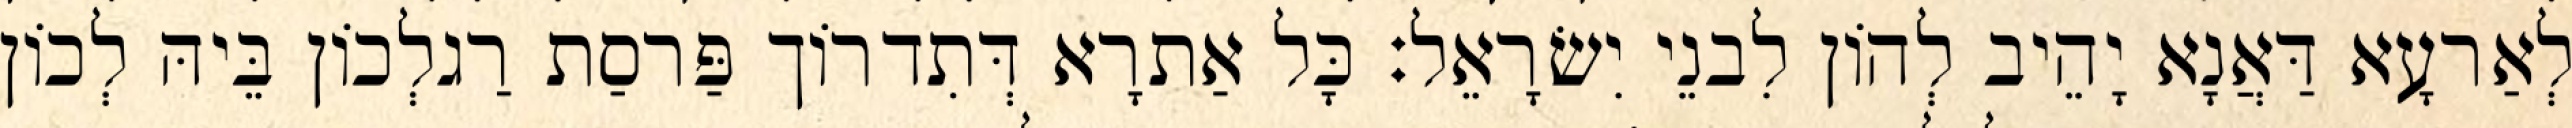
לְאַרעָא דַּאֲנָא יָהֵיב לְהוֹן לִבנֵי יִשׂרָאֵל׃ כָּל אַתרָא דְּתִדרוֹך פַּרסַת רַגלְכוֹן בֵּיהּ לְכוֹן